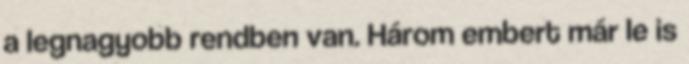
a legnagyobb rendben van. Három embert már le is